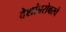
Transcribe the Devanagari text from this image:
देशांबरोबरचे